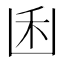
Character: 𠚉